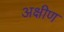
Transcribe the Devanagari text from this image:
अक्षीण